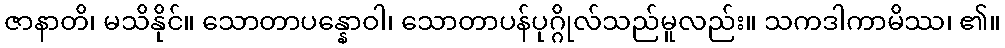
ဇာနာတိ၊ မသိနိုင်။ သောတာပန္နောဝါ၊ သောတာပန်ပုဂ္ဂိုလ်သည်မူလည်း။ သကဒါကာမိဿ၊ ၏။